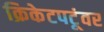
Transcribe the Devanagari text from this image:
क्रिकेटपटूंवर